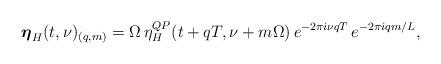
LaTeX: \begin{align*}\boldsymbol\eta_H(t,\nu)_{(q,m)} = \Omega\,\eta^{QP}_H(t+qT,\nu+m\Omega)\,e^{-2\pi i \nu qT}\,e^{-2\pi iqm/L},\end{align*}